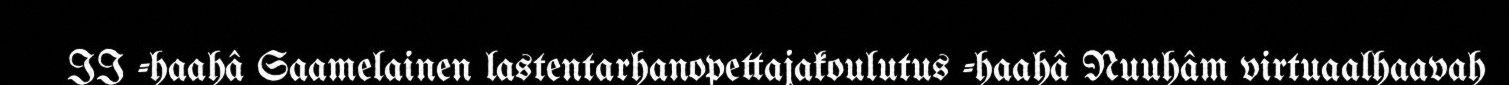
II -haahâ Saamelainen lastentarhanopettajakoulutus -haahâ Nuuhâm virtuaalhaavah